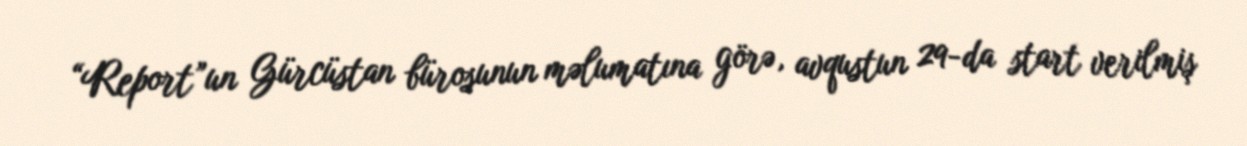
“Report”un Gürcüstan bürosunun məlumatına görə, avqustun 29-da start verilmiş